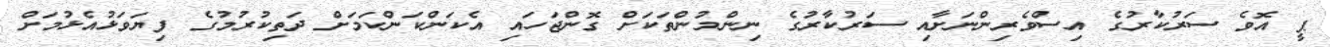
ޕީ އޮވެ ސަރުކާރުގެ އިސްވެރިންނަށާއި ސަރުކާރުގެ ނިންމުންތަކަށް ގޮންޖަހައި އެކަންކަންކަމަށް ދަތިކުރުމުގެ ފިޔަވަޅުއެޅުމަށް